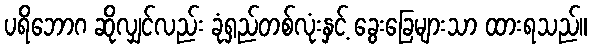
ပရိဘောဂ ဆိုလျှင်လည်း ခုံရှည်တစ်လုံးနှင့် ခွေးခြေများသာ ထားရသည်။